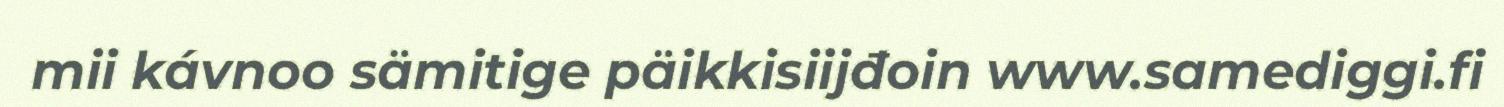
mii kávnoo sämitige päikkisiijđoin www.samediggi.fi